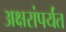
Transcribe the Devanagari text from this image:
अक्षरांपर्यंत